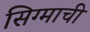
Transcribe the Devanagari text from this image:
सिग्माची